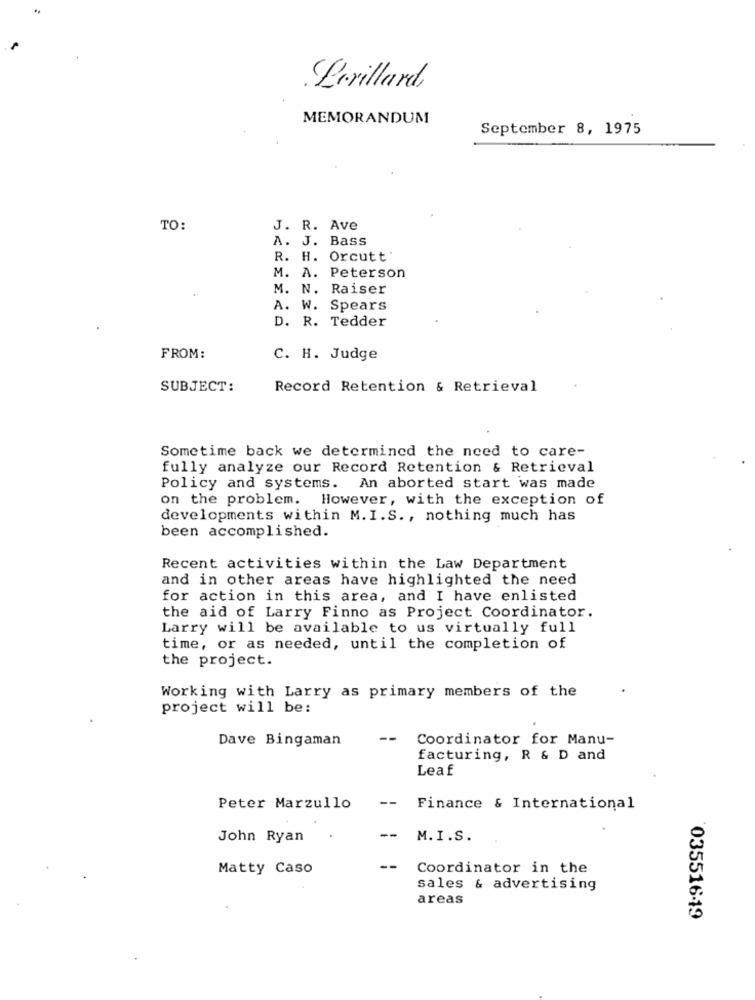
.Perillard,
MEMORANDUM
September 8, 1975
TO:
J. R. Ave
A. J. Bass
R. H. Orcutt'
M. A. Peterson
M. N. Raiser
A. W. Spears
D. R. Tedder
FROM:
C. H. Judge
SUBJECT:
Record Retention & Retrieval
Sometime back we determined the need to care-
fully analyze our Record Retention & Retrieval
Policy and systems. An aborted start was made
on the problem. However, with the exception of
developments within M. I.S ., nothing much has
been accomplished.
Recent activities within the Law Department
and in other areas have highlighted the need
for action in this area, and I have enlisted
the aid of Larry Finno as Project Coordinator.
Larry will be available to us virtually full
time, or as needed, until the completion of
the project.
Working with Larry as primary members of the
project will be:
Dave Bingaman
--
Coordinator for Manu-
facturing, R & D and
Leaf
--
Peter Marzullo
Finance & International
John Ryan
--
M. I .S.
Matty Caso
--
Coordinator in the
sales & advertising
areas
035516-19